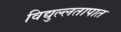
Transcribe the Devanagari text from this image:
विद्युल्लतापात